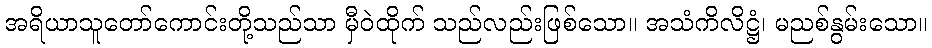
အရိယာသူတော်ကောင်းတို့သည်သာ မှီဝဲထိုက် သည်လည်းဖြစ်သော။ အသံကိလိဋ္ဌံ၊ မညစ်နွမ်းသော။